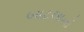
બાટલાનો